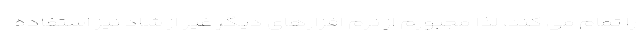
را تمام می کند، لذا مجبورم از نرم افزارهای دیگر غیر از شاد نیز استفاده